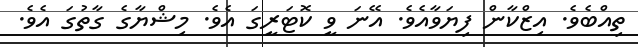
ތިއްބެވެ. އިޒްކާން ފިޔަވާއެވެ. އޭނަ ވީ ކޮޓަރީގަ އެވެ. މިޝްޔާގެ ގާތުގަ އެވެ.